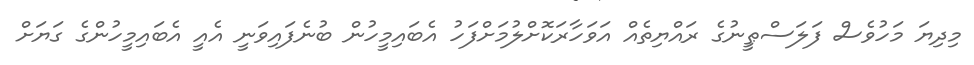
މިދިޔަ މަހުވެސް ފަލަސްޠީނުގެ ރައްޔިތެއް އަވަހާރަކޮށްލުމަށްފަހު އެބައިމީހުން ބުނެފައިވަނީ އެއީ އެބައިމީހުންގެ ގަޔަށް